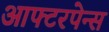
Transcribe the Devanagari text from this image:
आफ्टरपेन्स